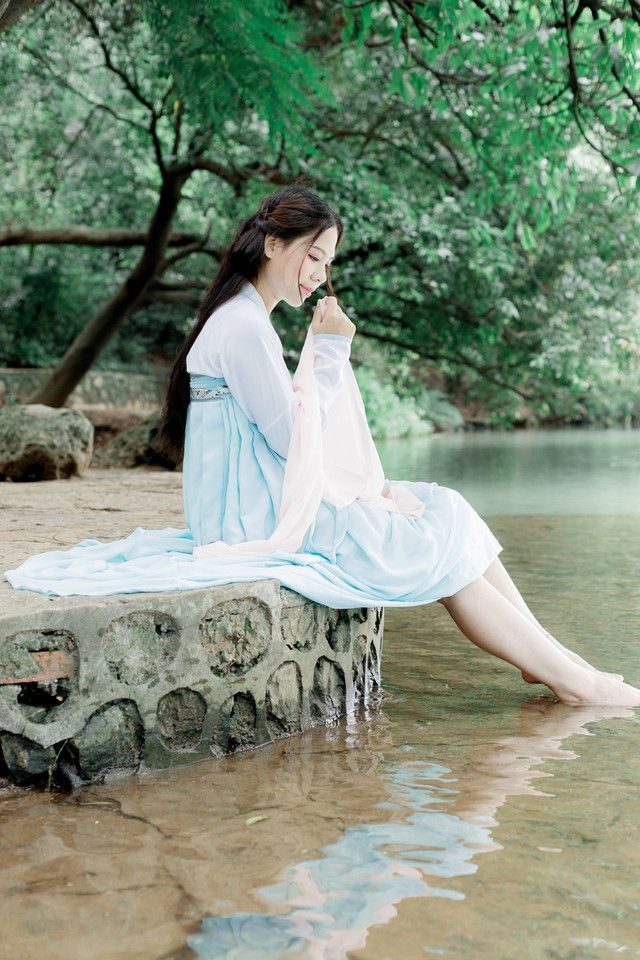
别院深深夏席清，石榴开遍透帘明。